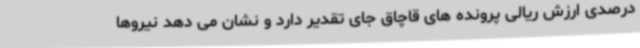
درصدی ارزش ریالی پرونده های قاچاق جای تقدیر دارد و نشان می دهد نیروها